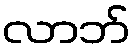
လာဘ်